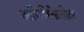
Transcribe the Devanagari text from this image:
अमिरिकेतील